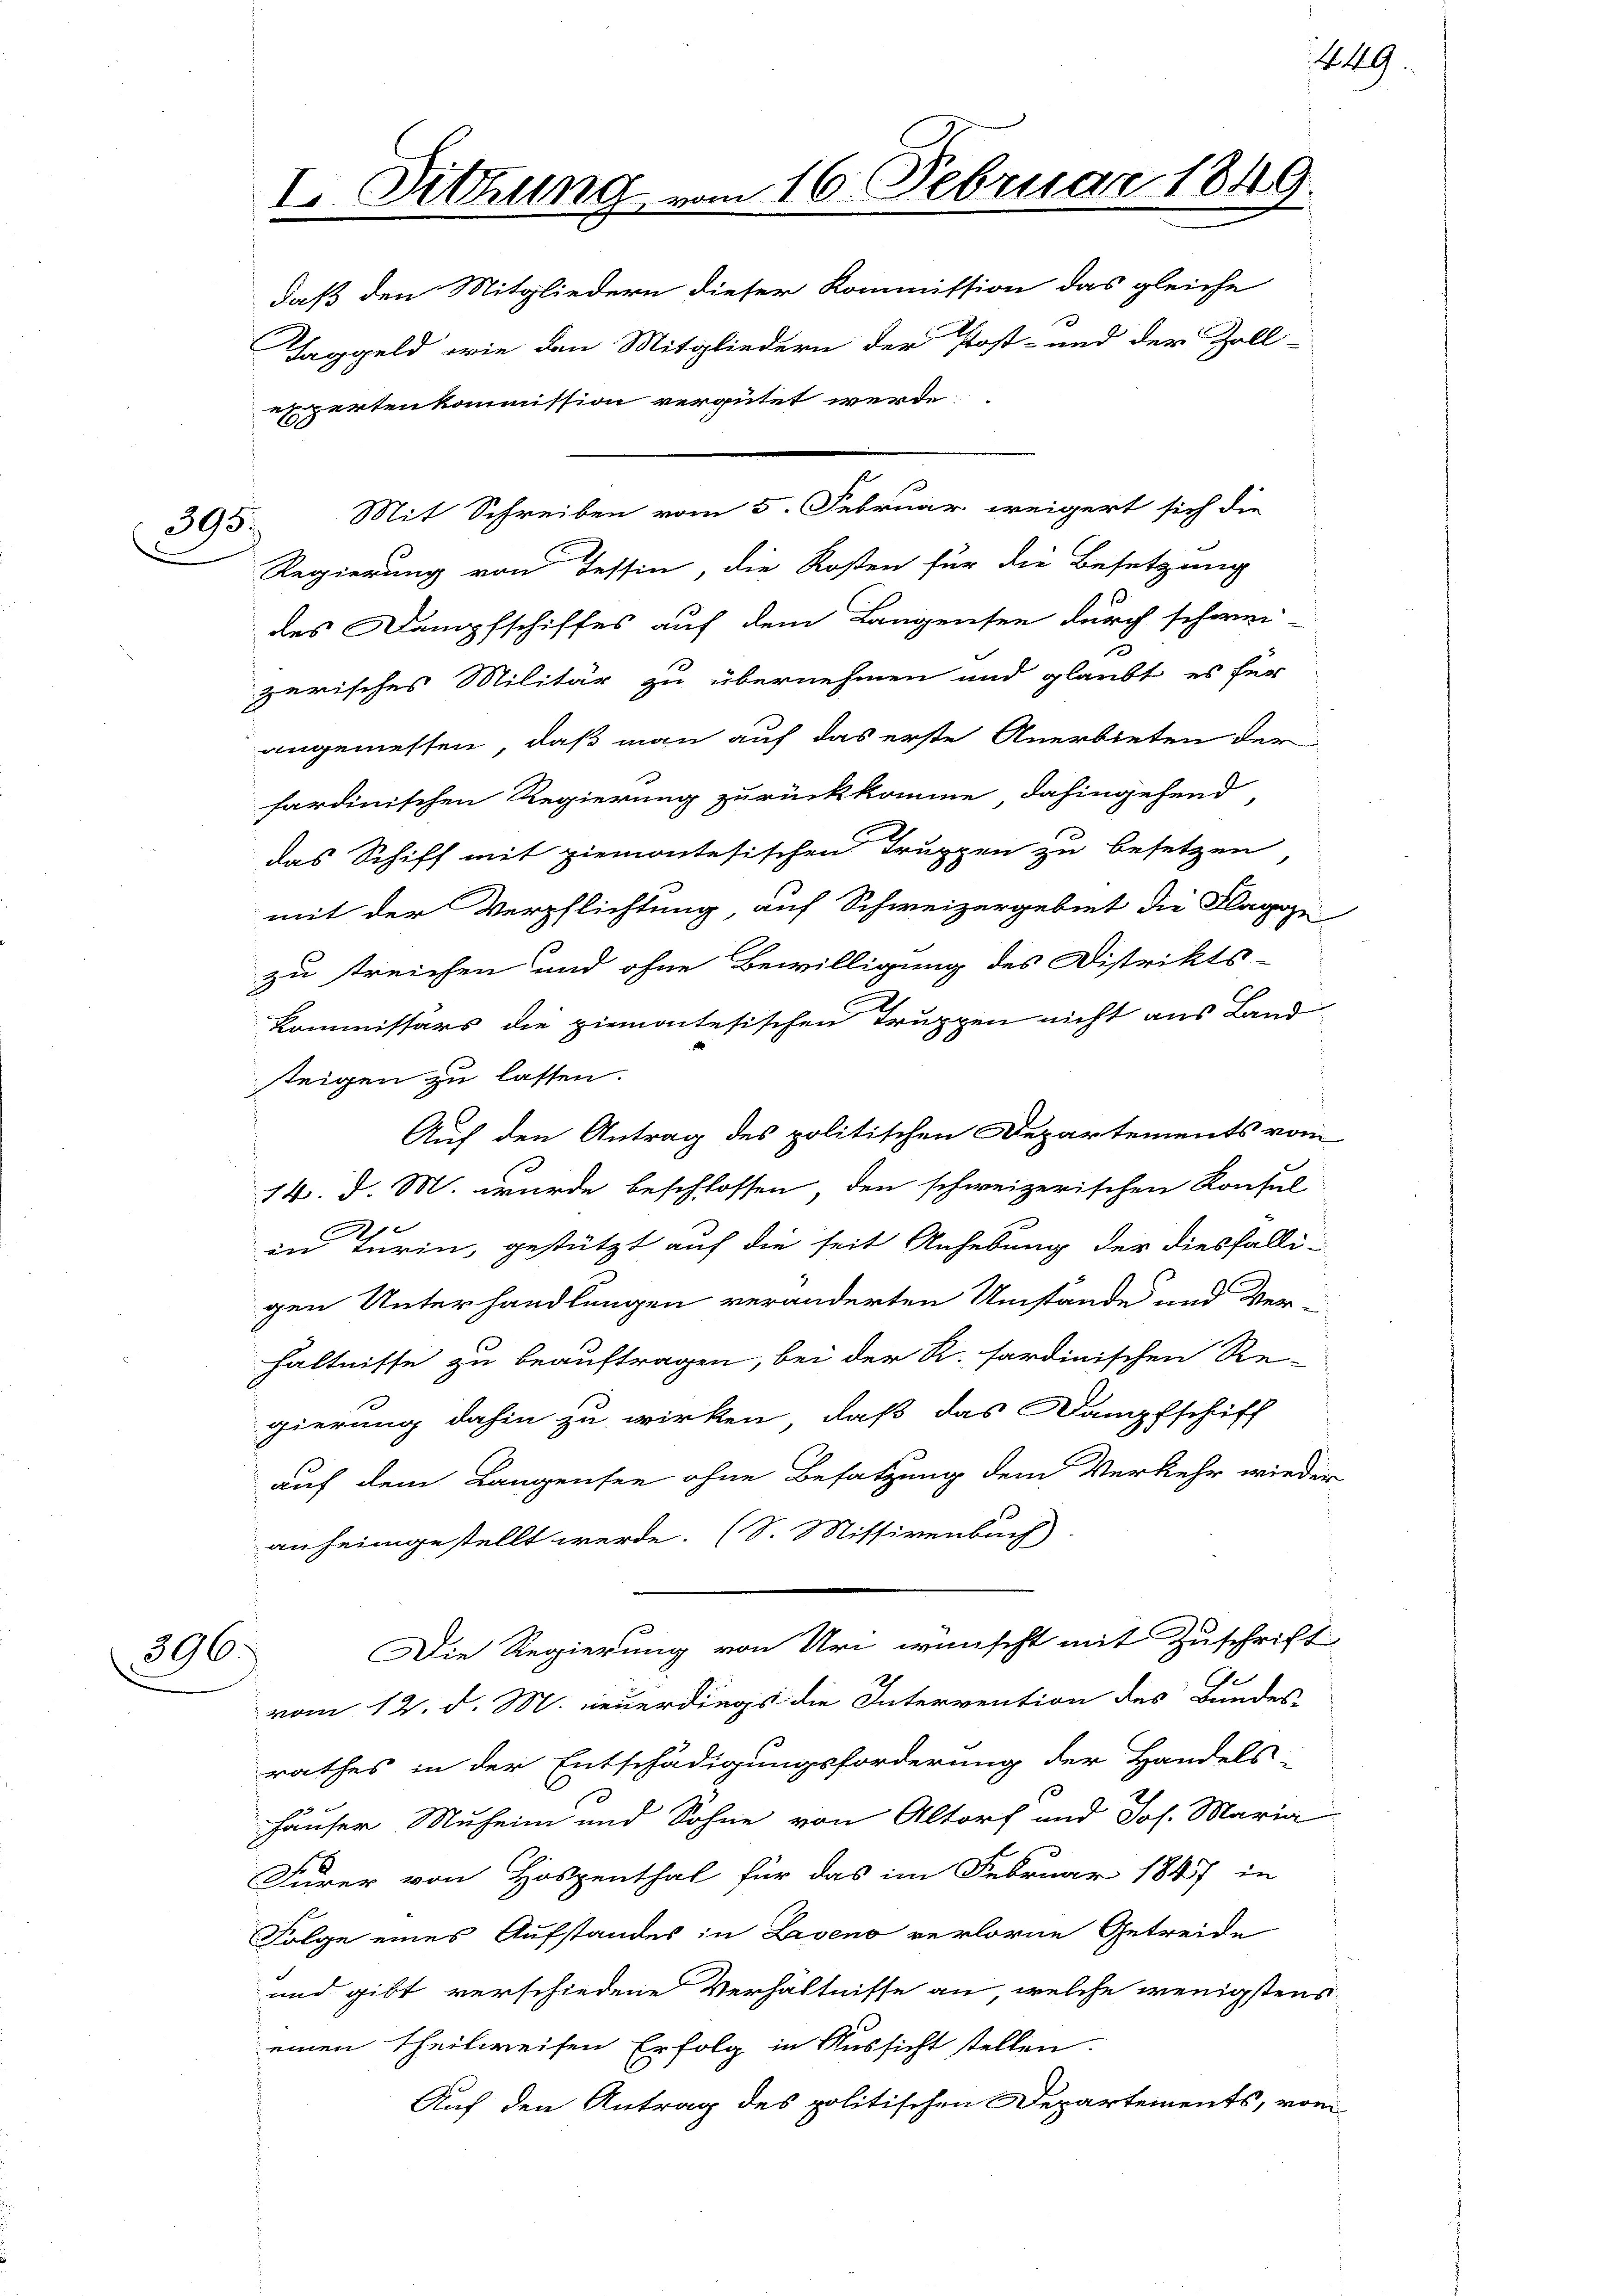
395.

396.

Regierung von Tessin, die Kosten für die Besetzung
des Dampfschiffes auf dem Langensee durch schwei-
zerisches Militär zu übernehmen und glaubt es für
angemessen, daß man auf das erste Anerbieten der
sardinischen Regierung zurückkomme dahingehend,
das Schiff mit ziemontesischen Truppen zu besetzen
mit der Verpflichtung auf Schweizergebiet die Flagge
zu treichen und ohne Bewilligung des Distrikts-
Kommissärs die ziemontesischen Truppen nicht aus Land
steigen zu lassen.
Auf den Antrag des politischen Departements vom
14. d. M. wurde beschlossen, den schweizerischen Konsul
2
in Turin, gestützt auf die seit Anhebung der diesfälligen Unterhandlungen veränderten Umstände und Ver-
hältnisse zu beauftragen, bei der R. sardinischen Re-
gierung dahin zu wirken, daß das Dampfschiff
auf dem Langensee ohne Besatzung dem Verkehr wieder
anheimgestellt werde. (S. Missivenbach
Die Regierung von Uri wünscht mit Zuschrift
vom 12. d. M. neuerdings die Intervention des Bundes-
rathes in der Entschädigungsforderung der Handels-
häuser Muheim und Sohne von Altorf und Joh. Maria
Furer von Hospenthal für das im Februar 1847 in
Folge eines Aufstandes in Leveno verlorne Getreide
und gibt verschiedene Verhältnisse an, welche wenigstens
einen theilweisen Erfolg in Aussicht stellen.
Auf den Antrag des politischen Departements, vom

I Sitzung vom 16. Februar 1849.
daß den Mitgliedern dieser Kommission das gleiche
Taggeld, wie den Mitgliedern der Post- und der Zoll-
expertenkomission vergütet werde.

Mit Schreiben vom 5. Februar weigert sich die

449.